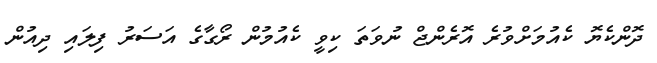
ދޮންކެޔޮ ކެއުމަށްވުރެ އޮރެންޖް ނުވަތަ ކިވީ ކެއުމުން ރޯގާގެ އަސަރު ފިލައި ދިއުން